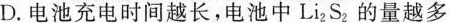
D.电池充电时间越长，电池中Li2S2的量越多